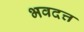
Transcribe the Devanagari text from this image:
भवदत्त